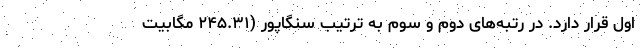
اول قرار دارد. در رتبه‌های دوم و سوم به ترتیب سنگاپور (۲۴۵.۳۱ مگابیت